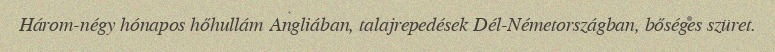
Három-négy hónapos hőhullám Angliában, talajrepedések Dél-Németországban, bőséges szüret.